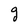
Character: g